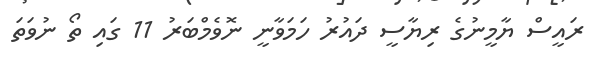
ރައީސް ޔާމީނުގެ ރިޔާސީ ދައުރު ހަމަވާނީ ނޮވެމްބަރު 11 ގައި ތޯ ނުވަތަ